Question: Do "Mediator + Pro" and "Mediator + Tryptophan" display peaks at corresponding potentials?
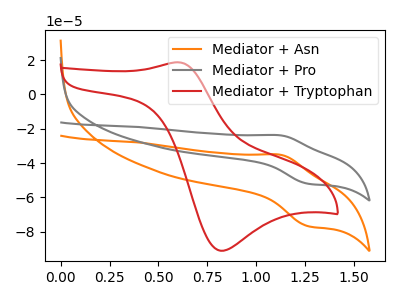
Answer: <think>The orange curve "Mediator + Asn" has an anodic peak at (1.15V, -35.20uA) and a cathodic peak at (1.25V, -76.75uA). The gray curve "Mediator + Pro" has an anodic peak at (1.15V, -23.85uA) and a cathodic peak at (1.25V, -52.00uA). The red curve "Mediator + Tryptophan" has an anodic peak at (0.60V, 18.80uA) and a cathodic peak at (0.80V, -91.10uA).</think>
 <answer>No, "Mediator + Pro" and "Mediator + Tryptophan" have at least one peak that does not match.</answer>
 <eval>mismatch</eval>